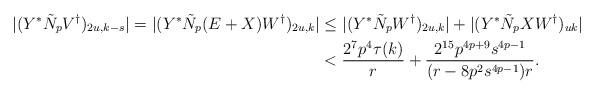
LaTeX: \begin{align*}|(Y^*\tilde{N}_pV^{\dagger})_{2u,k-s}|=|(Y^*\tilde{N}_p(E+X)W^{\dagger})_{2u,k}|&\leq |(Y^*\tilde{N}_pW^{\dagger})_{2u,k}|+|(Y^*\tilde{N}_pXW^{\dagger})_{uk}|\\&<\frac{2^7p^4\tau(k)}{r}+\frac{2^{15}p^{4p+9}s^{4p-1}}{(r-8p^2s^{4p-1})r}.\end{align*}